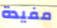
مفيدة